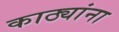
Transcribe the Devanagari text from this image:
काठ्यांना